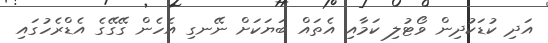
އަދި ކުޑަކުދިން ވޯޓުލި ކަމާއި އެތައް ބަޔަކަށް ނޭނގި އެހެން ގޭގޭގެ އެޑްރެހުގައި